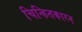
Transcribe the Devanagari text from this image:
चिन्हितकारन